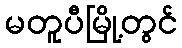
မတူပီမြို့တွင်